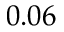
0 . 0 6